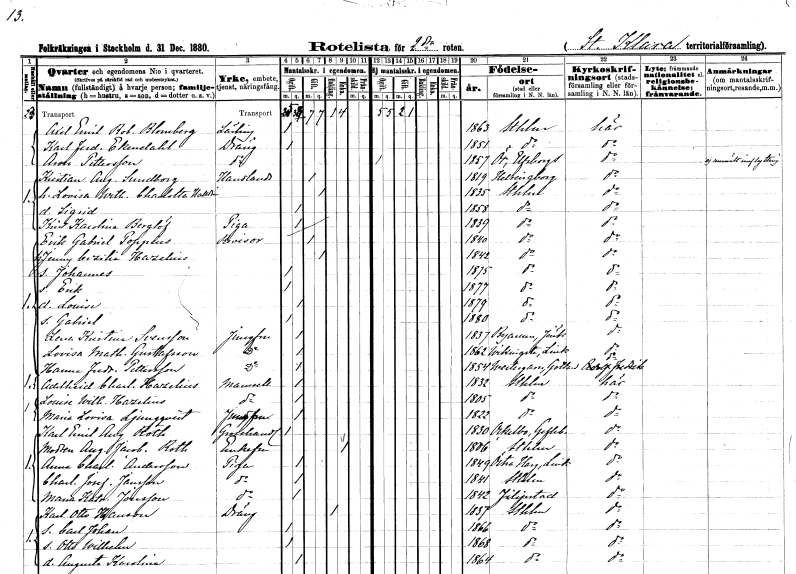
gt_parse: households: individuals: FN: Axel Emil Robert
EN: Blomberg
YRKE: Lärling
KON: M
CIV: O
FODAR: 1863
FODFORS: Stockholm
FN: Karl Ferdinand
EN: Ekendahl
YRKE: Dräng
KON: M
CIV: O
FODAR: 1851
FODFORS: Stockholm
FN: Aron
EN: Pettersson
YRKE: Dräng
KON: M
CIV: O
FODAR: 1857
FODFORS: Ör Älvsborgs län
FN: Kristian August
EN: Sundborg
YRKE: Handlande
KON: M
CIV: G
FODAR: 1819
FODFORS: Helsingborg Malmöhus län
FN: Lovisa Wilhelmina Charlotta
EN: Halldin
KON: K
CIV: G
FODAR: 1835
FODFORS: Stockholm
FN: Sigrid
KON: K
CIV: O
FODAR: 1858
FODFORS: Stockholm
FN: Kristina Karolina
EN: Berglöf
YRKE: Piga
KON: K
CIV: O
FODAR: 1839
FODFORS: Stockholm
FN: Erik Gabriel
EN: Poppius
YRKE: Revisor
KON: M
CIV: G
FODAR: 1840
FODFORS: Stockholm
FN: Jenny Cecilia
EN: Hazelius
KON: K
CIV: G
FODAR: 1842
FODFORS: Stockholm
FN: Johannes
KON: M
CIV: O
FODAR: 1875
FODFORS: Stockholm
FN: Erik
KON: M
CIV: O
FODAR: 1877
FODFORS: Stockholm
FN: Louise
KON: K
CIV: O
FODAR: 1879
FODFORS: Stockholm
FN: Gabriel
KON: M
CIV: O
FODAR: 1880
FODFORS: Stockholm
FN: Lena Kristina
EN: Svensson
YRKE: Jungfru
KON: K
CIV: O
FODAR: 1837
FODFORS: Byarum Jönköpings län
FN: Lovisa Mathilda
EN: Gustafsson
YRKE: Jungfru
KON: K
CIV: O
FODAR: 1862
FODFORS: Vikingstad Östergötlands län
FN: Hanna Fredrika
EN: Pettersson
YRKE: Jungfru
KON: K
CIV: O
FODAR: 1854
FODFORS: Västergarn Gotlands län
FN: Adelheid Charlotta
EN: Hazelius
KON: K
CIV: O
FODAR: 1832
FODFORS: Stockholm
FN: Louise Wilhelmina
EN: Hazelius
KON: K
CIV: O
FODAR: 1805
FODFORS: Stockholm
FN: Maria Lovisa
EN: Ljungqvist
YRKE: Jungfru
KON: K
CIV: O
FODAR: 1822
FODFORS: Stockholm
FN: Karl Emil August
EN: Roth
YRKE: Grosshandlare
KON: M
CIV: O
FODAR: 1830
FODFORS: Ockelbo Gävleborgs län
FN: Augusta Jacobina
EN: Roth
KON: K
CIV: E
FODAR: 1806
FODFORS: Stockholm
FN: Anna Charlotta
EN: Andersson
YRKE: Piga
KON: K
CIV: O
FODAR: 1849
FODFORS: Östra Harg Östergötlands län
FN: Charlotta Josefina
EN: Jansson
YRKE: Piga
KON: K
CIV: O
FODAR: 1841
FODFORS: Stockholm
FN: Maria Katrina
EN: Jonsson
YRKE: Piga
KON: K
CIV: O
FODAR: 1842
FODFORS: Filipstad Värmlands län